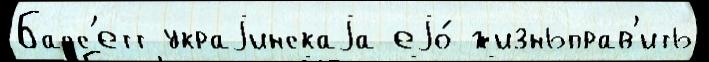
Басс'етт украjинскаjа еjо́ жизньправ'ить